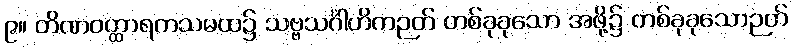
၉။ တိဏဝတ္ထာရကသမထ၌ သဗ္ဗသင်္ဂါဟိကဉတ် တစ်ခုခုသော အဖို့၌ တစ်ခုခုသောဉတ်